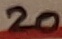
Text: 20